Mental hospitals Bombay report 1929-33 - 1929-1933
Year: 1929
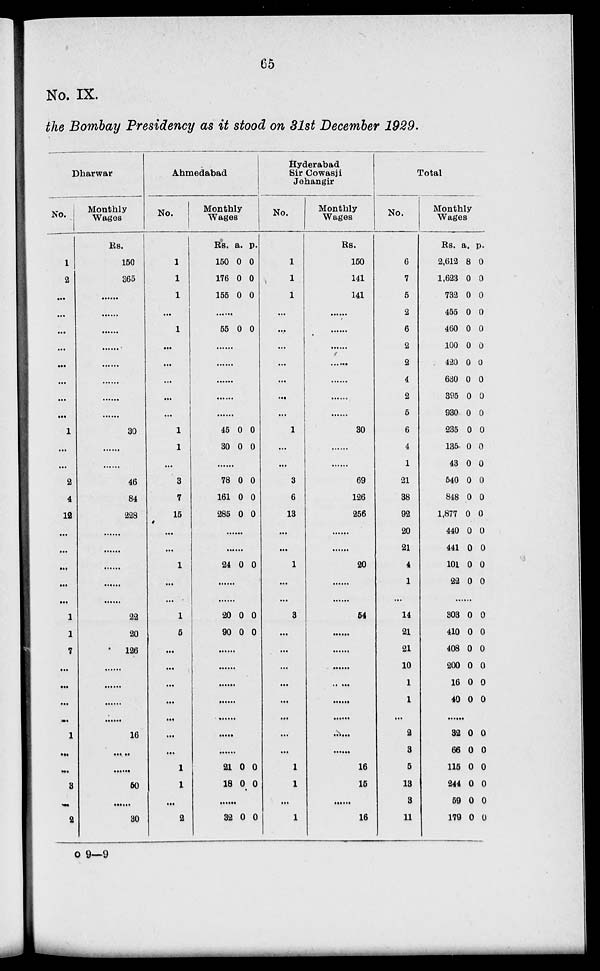
65
No. IX.
the Bombay Presidency as it stood on 31st December 1929.
Dharwar
No.
1
2
...
...
...
...
...
...
...
...
1
...
...
2
4
12
...
...
...
...
...
1
1
7
...
...
...
...
1
...
...
3
...
2
Monthly
Wages
Rs.
150
365
...
...
...
...
...
...
...
...
30
...
...
46
84
228
...
...
...
...
...
22
20
126
...
...
...
...
16
...
...
50
...
30
Ahmedabad
No.
1
1
1
...
1
...
...
...
...
...
1
1
...
3
7
15
...
...
1
...
...
1
5
...
...
...
...
...
...
...
1
1
...
2
Monthly
Wages
Rs.
150
176
155
a.
0
0
0
p.
0
0
0
......
55 0 0
......
......
......
......
......
45
30
0
0
0
0
......
78
161
285
0
0
0
0
0
0
......
......
24 0 0
......
......
20
90
0
0
0
0
......
......
......
......
......
......
......
21
18
0
0
0
0
......
32 0 0
Hyderabad
Sir Cowasji
Jehangir
No.
1
1
1
...
...
...
...
...
...
...
1
...
...
3
6
13
...
...
1
...
...
3
...
...
...
...
...
...
...
...
1
1
...
1
Monthly
Wages
Rs.
150
141
141
...
...
...
...
...
...
...
30
...
...
69
126
256
...
...
20
...
...
54
...
...
...
...
...
...
...
...
16
15
...
16
Total
No.
6
7
5
2
6
2
2
4
2
5
6
4
1
21
38
92
20
21
4
1
...
14
21
21
10
1
1
...
2
3
5
13
3
11
Monthly
Wages
Rs.
2,612
1,623
732
455
460
100
420
630
395
930
235
135
43
540
848
1,877
440
441
101
22
a.
8
0
0
0
0
0
0
0
0
0
0
0
0
0
0
0
0
0
0
0
p.
0
0
0
0
0
0
0
0
0
0
0
0
0
0
0
0
0
0
0
0
......
303
410
408
200
16
40
0
0
0
0
0
0
0
0
0
0
0
0
......
32
66
115
244
59
179
0
0
0
0
0
0
0
0
0
0
0
0
o 9—9